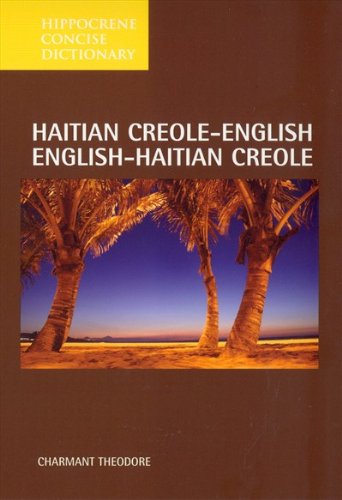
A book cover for Hippocrene Concise Dictionary: Haitian Creole-English English-Haitian Creole (Hippocrene Concise Dictionary); Charmant Theodore; Reference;